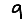
Digit: 9